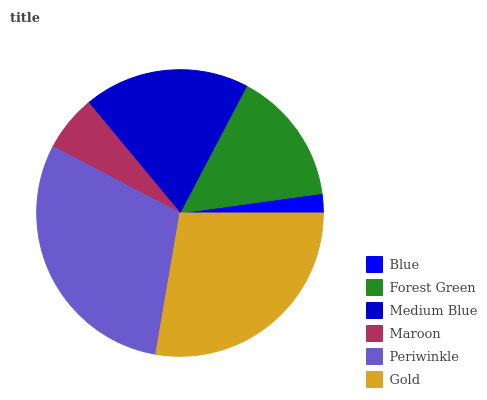
| Blue | Forest Green | Medium Blue | Maroon | Periwinkle | Gold |
 | --- | --- | --- | --- | --- | --- |
 | 2.18% | 15.1% | 18.8% | 6.32% | 29.9% | 27.7% |